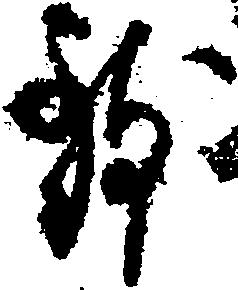
致